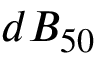
d B _ { 5 0 }